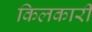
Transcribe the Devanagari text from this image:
किलकारी